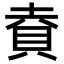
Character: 𮙹